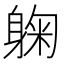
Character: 躹